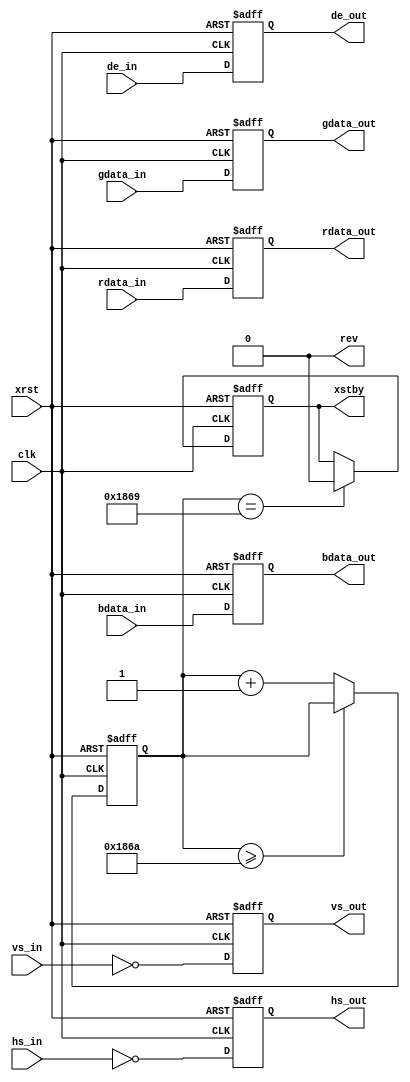
`timescale 1 ns / 1 ps
module tg (
	   clk,
	   xrst,
	   vs_in,
	   hs_in,
	   de_in,
	   rdata_in,
	   gdata_in,
	   bdata_in,
	   vs_out,
	   hs_out,
	   de_out,
	   rdata_out,
	   gdata_out,
	   bdata_out,
	   xstby,
	   rev
	   );

   parameter P_DL = 2;
   parameter P_DAT_BIT = 6;

   input                  clk;
   input 		  xrst;
   
   input 		  vs_in;
   input 		  hs_in;
   input                  de_in;
   input [P_DAT_BIT-1:0]  rdata_in;
   input [P_DAT_BIT-1:0]  gdata_in;
   input [P_DAT_BIT-1:0]  bdata_in;
   
   output                 vs_out;
   output                 hs_out;
   output                 de_out;
   output [P_DAT_BIT-1:0] rdata_out;
   output [P_DAT_BIT-1:0] gdata_out;
   output [P_DAT_BIT-1:0] bdata_out;
   output 		  xstby;
   output 		  rev; 		  
   
   reg                 vs_out;
   reg                 hs_out;
   reg                 de_out;
   reg [P_DAT_BIT-1:0] rdata_out;
   reg [P_DAT_BIT-1:0] gdata_out;   
   reg [P_DAT_BIT-1:0] bdata_out;
   reg                 xstby;
   //reg                 rev;

   reg [12:0] 	       cnt_xstby;

   wire 	       pre_xstby;
   
   // Output FF
   always@(posedge clk or negedge xrst) begin
      if(~xrst) begin
	 vs_out <= 1'b1;
	 hs_out <= 1'b1;
	 de_out <= 1'b0;	 
     rdata_out <= 6'd0;
	 gdata_out <= 6'd0;
	 bdata_out <= 6'd0;
      end
      else begin
	 vs_out <= #P_DL ~vs_in;
	 hs_out <= #P_DL ~hs_in;
	 de_out <= #P_DL de_in;	 
     rdata_out <= #P_DL rdata_in;
	 gdata_out <= #P_DL gdata_in;
	 bdata_out <= #P_DL bdata_in;
      end // else: !if(~xrst)  
   end // always@ (posedge clk or negedge xrst)
   

   // xstby counter (for 1ms wait)
   always@(posedge clk or negedge xrst) begin
      if(~xrst)
	cnt_xstby <= 13'd0;
      else if(cnt_xstby >= 13'd6250)
	cnt_xstby <= #P_DL cnt_xstby;
      else
	cnt_xstby <= #P_DL cnt_xstby + 13'd1;
   end
   
   assign pre_xstby = (cnt_xstby == 13'd6249);

   // xstby counter (for 1ms wait)
   always@(posedge clk or negedge xrst) begin
      if(~xrst)
	xstby <= 1'b1;
      else if(pre_xstby)
	xstby <= #P_DL 1'b0;
   end

   // rev : 0 fix
   assign rev = 1'b0;
   
endmodule